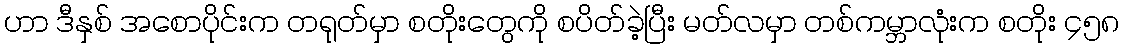
ဟာ ဒီနှစ် အစောပိုင်းက တရုတ်မှာ စတိုးတွေကို စပိတ်ခဲ့ပြီး မတ်လမှာ တစ်ကမ္ဘာလုံးက စတိုး ၄၅၈